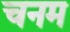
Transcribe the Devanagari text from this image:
चनम